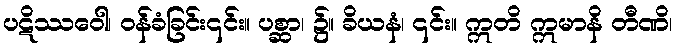
ပဋိဿဝေါ၊ ဝန်ခံခြင်း၎င်း။ ပစ္ဆာ၊ ၌။ ခိယနံ၊ ၎င်း။ ဣတိ ဣမာနိ တီဏိ၊